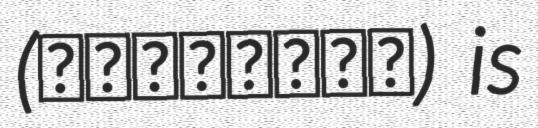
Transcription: (エルフェンシオン) is